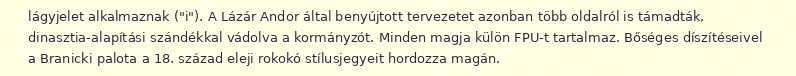
lágyjelet alkalmaznak ("i"). A Lázár Andor által benyújtott tervezetet azonban több oldalról is támadták, dinasztia-alapítási szándékkal vádolva a kormányzót. Minden magja külön FPU-t tartalmaz. Bőséges díszítéseivel a Branicki palota a 18. század eleji rokokó stílusjegyeit hordozza magán.